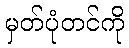
မှတ်ပုံတင်ကို